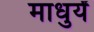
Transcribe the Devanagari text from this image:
माधुर्यं